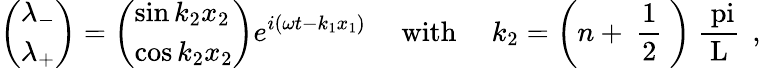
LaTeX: \left(\begin{array}{l}{{\lambda_{-}}}\\ {{\lambda_{+}}}\end{array}\right)=\left(\begin{array}{l}{{\sin k_{2}x_{2}}}\\ {{\cos k_{2}x_{2}}}\end{array}\right)e^{i(\omega t-k_{1}x_{1})}\ \ \ \ \ \mathrm{with}\ \ \ \ \ k_{2}=\left(n+\mathrm{~\frac{1}{2}~}\right)\mathrm{~\frac{\ pi}{L}~}\, ,